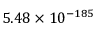
5 . 4 8 \times 1 0 ^ { - 1 8 5 }